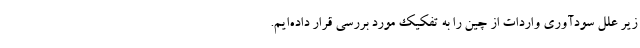
زیر علل سودآوری واردات از چین را به تفکیک مورد بررسی قرار داده‌ایم.